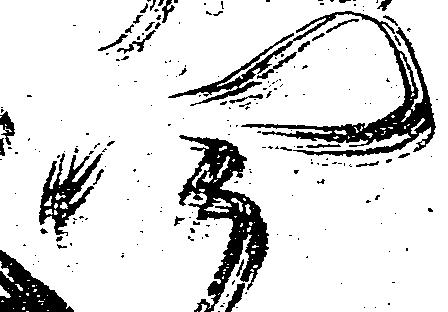
四